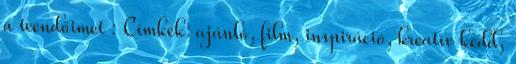
a teendőimet : Címkék: ajánló, film, inspiráció, kreatív kedd,